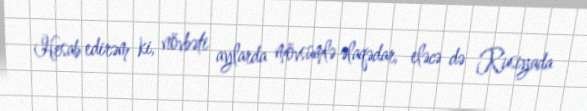
Hesab edirəm ki, növbəti aylarda mövsümlə əlaqədar, eləcə də Rusiyada